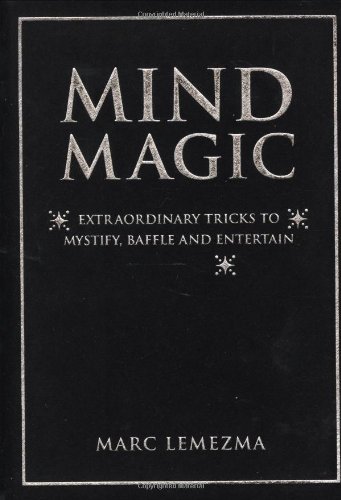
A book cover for Mind Magic: Extraordinary Tricks to Mystify, Baffle and Entertain; Marc Lemezma; Humor & Entertainment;